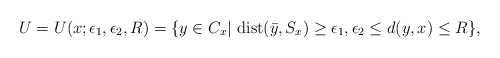
\begin{align*}U= U(x;\epsilon_1,\epsilon_2,R)=\{y\in C_x|~{\rm dist}(\bar{y},S_x)\geq \epsilon_1, \epsilon_2 \leq d(y,x)\leq R\}, \end{align*}